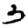
Digit: 3